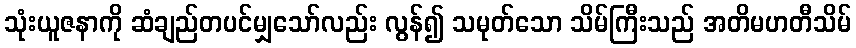
သုံးယူဇနာကို ဆံချည်တပင်မျှသော်လည်း လွန်၍ သမုတ်သော သိမ်ကြီးသည် အတိမဟတီသိမ်